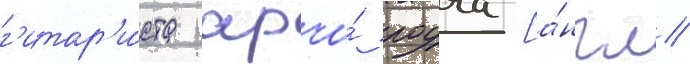
г'итар'и́ста арчи́ роуча [а́нгл.